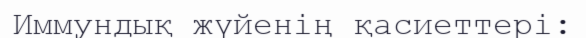
Иммундық жүйенің қасиеттері: